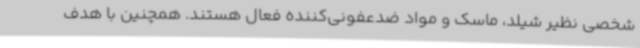
شخصی نظیر شیلد، ماسک و مواد ضدعفونی‌کننده فعال هستند. همچنین با هدف